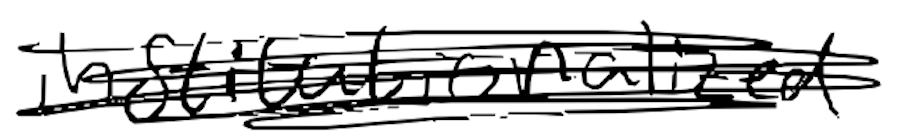
Text: institutionalized
Cross-out: scratch
Writing tool: digital_black